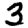
Digit: 3